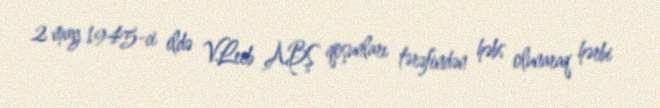
2 may 1945-ci ildə V.Leeb ABŞ qoşunları tərəfindən həbs olunaraq hərbi